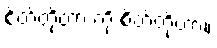
စိတ်တိုတာ ကို စိတ်တိုတာ။